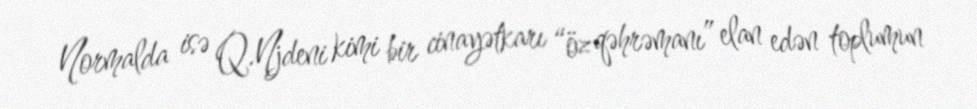
Normalda isə Q.Njdeni kimi bir cinayətkarı “öz qəhrəmanı” elan edən toplumun